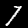
Label: 7